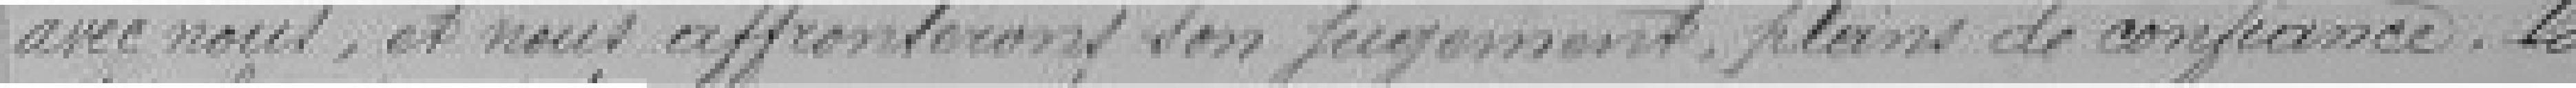
avec nous, et nous affronterons son jugement, pleins de confiance, la